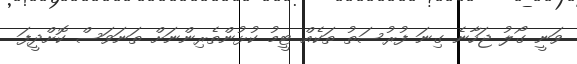
ވަނީ ގޯލު ޖަހާނެ ގިނަ ފުރުސަތު ތަކެއް ޓީމު ކުޅުންތެރިންނަށް ތަނަވަސް ކޮށްދީފަ